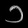
Digit: ၁